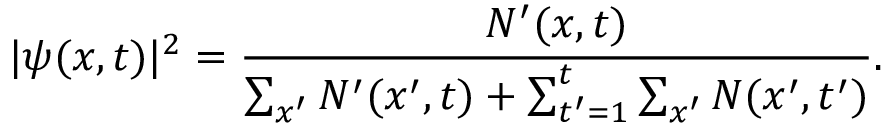
| \psi ( x , t ) | ^ { 2 } = \frac { N ^ { \prime } ( x , t ) } { \sum _ { x ^ { \prime } } N ^ { \prime } ( x ^ { \prime } , t ) + \sum _ { t ^ { \prime } = 1 } ^ { t } \sum _ { x ^ { \prime } } N ( x ^ { \prime } , t ^ { \prime } ) } .